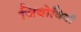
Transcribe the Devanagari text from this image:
जियोविनी